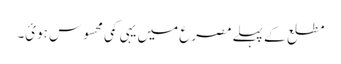
مطلع کے پہلے مصرع میں یہی کمی محسوس ہوئ۔